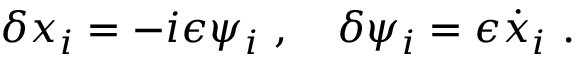
\delta x _ { i } = - i \epsilon \psi _ { i } \ , \quad \delta \psi _ { i } = \epsilon { \dot { x } } _ { i } \ .